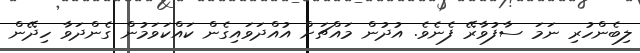
ލިބެންހުރި ނަމަ ސާފުވާރޭ ފެނެވެ. އުދުން މައްޗަށް އުއްދަވައިގެން ކައްކަވަމުން ގެންދަވާ ހިދޭން